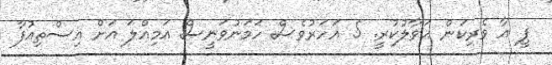
ޕީ އާ ވެރިކަން ޙަވާލުކުރީ. 5 އަހަރުވެސް ހަމަނުވަނީސް އަމިއްލަ އަށް އިސްތިއުފާ